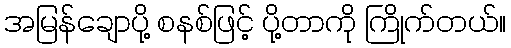
အမြန်ချောပို့ စနစ်ဖြင့် ပို့တာကို ကြိုက်တယ်။